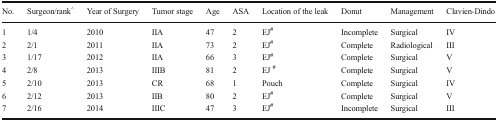
<table><thead><tr><td><b>No.</b></td><td><b>Surgeon/rank<sup>^</sup></b></td><td><b>Year of Surgery</b></td><td><b>Tumor stage</b></td><td><b>Age</b></td><td><b>ASA</b></td><td><b>Location of the leak</b></td><td><b>Donut</b></td><td><b>Management</b></td><td><b>Clavien-Dindo</b></td></tr></thead><tbody><tr><td>1</td><td>1/4</td><td>2010</td><td>IIA</td><td>47</td><td>2</td><td>EJ<sup>#</sup></td><td>Incomplete</td><td>Surgical</td><td>IV</td></tr><tr><td>2</td><td>2/1</td><td>2011</td><td>IIA</td><td>73</td><td>2</td><td>EJ<sup>#</sup></td><td>Complete</td><td>Radiological</td><td>III</td></tr><tr><td>3</td><td>1/17</td><td>2012</td><td>IIA</td><td>66</td><td>3</td><td>EJ<sup>#</sup></td><td>Complete</td><td>Surgical</td><td>V</td></tr><tr><td>4</td><td>2/8</td><td>2013</td><td>IIIB</td><td>81</td><td>2</td><td>EJ <sup>#</sup></td><td>Complete</td><td>Surgical</td><td>V</td></tr><tr><td>5</td><td>2/10</td><td>2013</td><td>CR</td><td>68</td><td>1</td><td>Pouch</td><td>Complete</td><td>Surgical</td><td>IV</td></tr><tr><td>6</td><td>2/12</td><td>2013</td><td>IIB</td><td>80</td><td>2</td><td>EJ<sup>#</sup></td><td>Complete</td><td>Surgical</td><td>V</td></tr><tr><td>7</td><td>2/16</td><td>2014</td><td>IIIC</td><td>47</td><td>3</td><td>EJ<sup>#</sup></td><td>Incomplete</td><td>Surgical</td><td>III</td></tr></tbody></table>